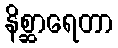
နိစ္ဆာရေတာ